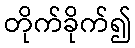
တိုက်ခိုက်၍